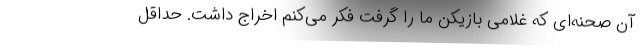
آن صحنه‌ای که غلامی بازیکن ما را گرفت فکر می‌کنم اخراج داشت. حداقل